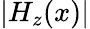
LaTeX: |H_{z}(x)|